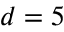
d = 5